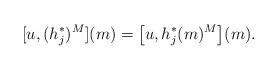
LaTeX: \begin{align*}[u, (h^*_j)^M](m) = \bigl[u, h^*_j(m)^M \bigr](m).\end{align*}